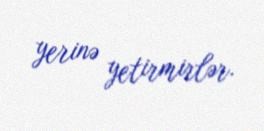
yerinə yetirmirlər.